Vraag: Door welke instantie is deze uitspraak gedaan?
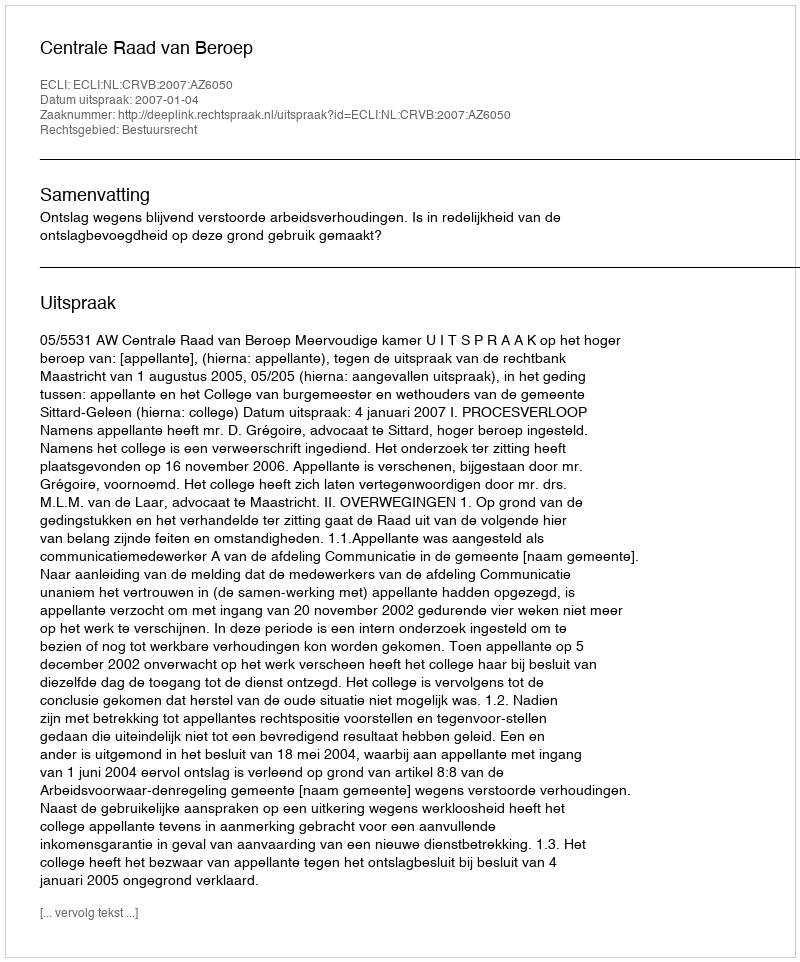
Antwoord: Centrale Raad van Beroep